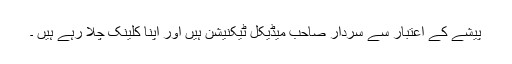
پیشے کے اعتبار سے سردار صاحب میڈیکل ٹیکنیشن ہیں اور اپنا کلینک چلا رہے ہیں ۔